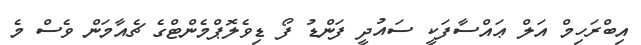
އިބްރަހިމް އަލް ޢައްސާފަކީ ސައުދީ ފަންޑު ފޯ ޑިވެލޮޕްމެންޓްގެ ޗެއާމަން ވެސް މެ